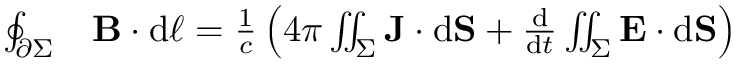
{ \begin{array} { r l } { \oint _ { \partial \Sigma } } & { \mathbf { B } \cdot \mathrm { d } { \boldsymbol { \ell } } = { \frac { 1 } { c } } \left( 4 \pi \iint _ { \Sigma } \mathbf { J } \cdot \mathrm { d } \mathbf { S } + { \frac { \mathrel { \mathrm { d } } } { \mathrm { d } t } } \iint _ { \Sigma } \mathbf { E } \cdot \mathrm { d } \mathbf { S } \right) } \end{array} }